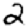
Digit: 2